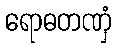
ရောဓတဏှံ